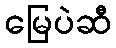
မြေပဲဆီ